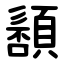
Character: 䫠